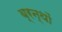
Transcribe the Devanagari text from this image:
ब्रन्थों